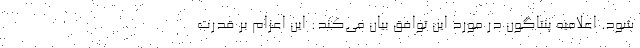
شود. اعلامیه پنتاگون در مورد این توافق بیان می‌کند: این اعزام بر قدرت